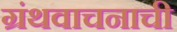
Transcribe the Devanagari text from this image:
ग्रंथवाचनाची